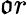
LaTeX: \mathfrak{o}r